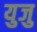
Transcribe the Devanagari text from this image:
युजु